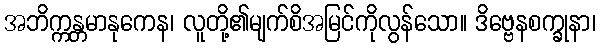
အဘိက္ကန္တမာနုကေန၊ လူတို့၏မျက်စိအမြင်ကိုလွန်သော။ ဒိဗ္ဗေနစက္ခုနာ၊